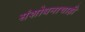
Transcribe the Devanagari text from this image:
संशोधनाचाही